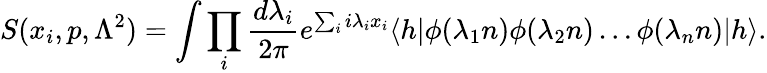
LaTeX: S(x_{i},p,{\Lambda}^{2})=\int\prod_{i}\frac{d{\lambda}_{i}}{2\pi}e^{\sum_{i}i{\lambda}_{i}x_{i}}\langle h|\phi({\lambda}_{1}n)\phi({\lambda}_{2}n)\dots\phi({\lambda}_{n}n)|h\rangle.